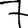
Digit: 7